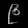
Digit: ၉